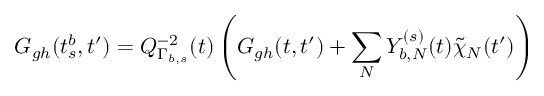
G _ { g h } ( t _ { s } ^ { b } , t ^ { \prime } ) = Q _ { \Gamma _ { b , s } } ^ { - 2 } ( t ) \left( G _ { g h } ( t , t ^ { \prime } ) + \sum _ { N } Y _ { b , N } ^ { ( s ) } ( t ) \tilde { \chi } _ { N } ( t ^ { \prime } ) \right)